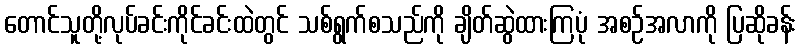
တောင်သူတို့လုပ်ခင်းကိုင်ခင်းထဲတွင် သစ်ရွက်စသည်ကို ချိတ်ဆွဲထားကြပုံ အစဉ်အလာကို ပြဆိုခန်း